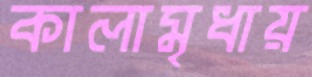
কালামৃধায়